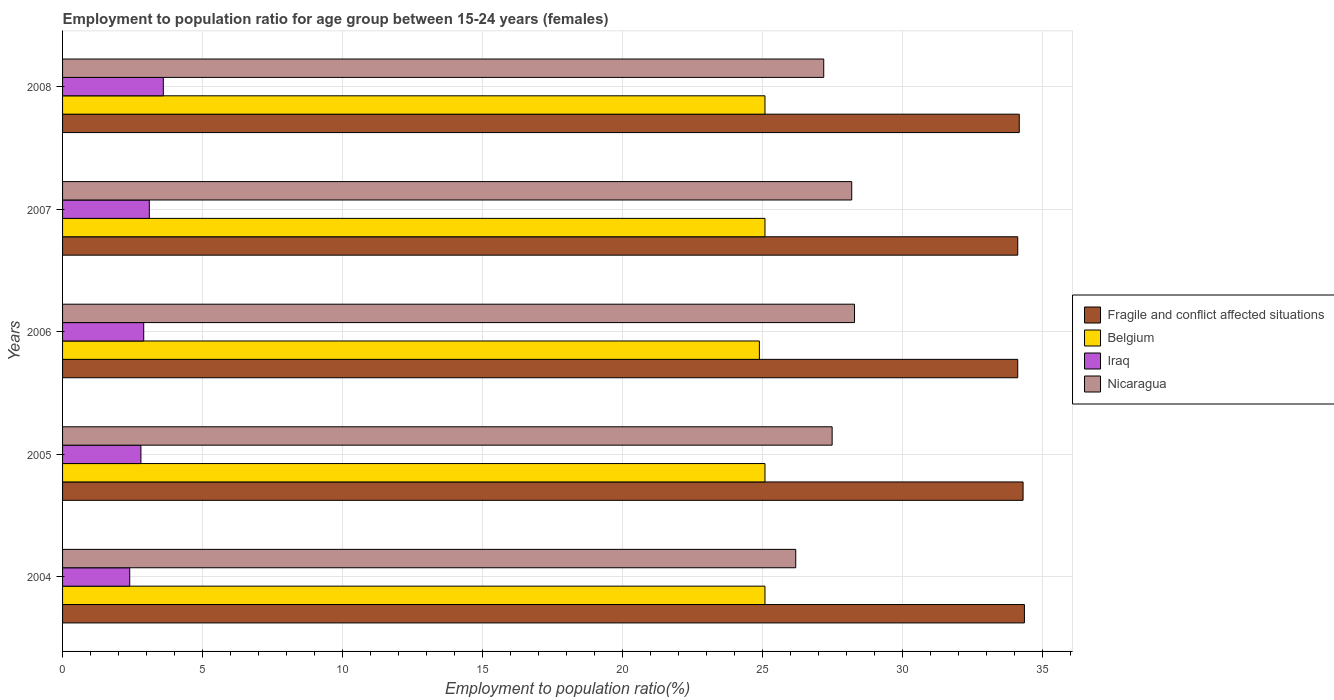
| Years | Fragile and conflict affected situations | Belgium | Iraq | Nicaragua |
 | --- | --- | --- | --- | --- |
 | 2004 | 34.4 | 25.1 | 2.4 | 26.2 |
 | 2005 | 34.3 | 25.1 | 2.8 | 27.5 |
 | 2006 | 34.1 | 24.9 | 2.9 | 28.3 |
 | 2007 | 34.1 | 25.1 | 3.1 | 28.2 |
 | 2008 | 34.2 | 25.1 | 3.6 | 27.2 |